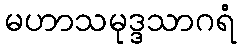
မဟာသမုဒ္ဒသာဂရံ